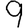
Digit: 9